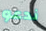
ندعو